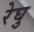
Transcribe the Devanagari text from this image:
रेघु